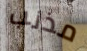
مذنب